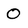
Character: 0